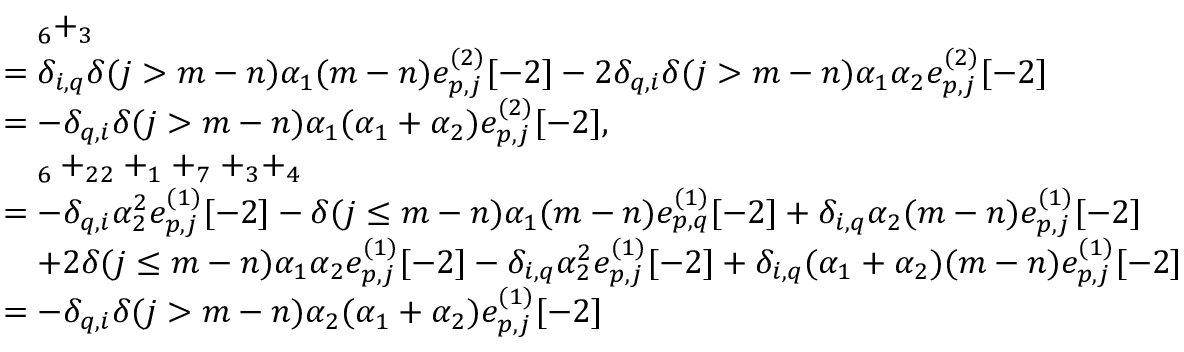
\begin{array} { r l } & { \quad _ { 6 } + _ { 3 } } \\ & { = \delta _ { i , q } \delta ( j > m - n ) \alpha _ { 1 } ( m - n ) e _ { p , j } ^ { ( 2 ) } [ - 2 ] - 2 \delta _ { q , i } \delta ( j > m - n ) \alpha _ { 1 } \alpha _ { 2 } e _ { p , j } ^ { ( 2 ) } [ - 2 ] } \\ & { = - \delta _ { q , i } \delta ( j > m - n ) \alpha _ { 1 } ( \alpha _ { 1 } + \alpha _ { 2 } ) e _ { p , j } ^ { ( 2 ) } [ - 2 ] , } \\ & { \quad _ { 6 } + _ { 2 2 } + _ { 1 } + _ { 7 } + _ { 3 } + _ { 4 } } \\ & { = - \delta _ { q , i } \alpha _ { 2 } ^ { 2 } e _ { p , j } ^ { ( 1 ) } [ - 2 ] - \delta ( j \leq m - n ) \alpha _ { 1 } ( m - n ) e _ { p , q } ^ { ( 1 ) } [ - 2 ] + \delta _ { i , q } \alpha _ { 2 } ( m - n ) e _ { p , j } ^ { ( 1 ) } [ - 2 ] } \\ & { \quad + 2 \delta ( j \leq m - n ) \alpha _ { 1 } \alpha _ { 2 } e _ { p , j } ^ { ( 1 ) } [ - 2 ] - \delta _ { i , q } \alpha _ { 2 } ^ { 2 } e _ { p , j } ^ { ( 1 ) } [ - 2 ] + \delta _ { i , q } ( \alpha _ { 1 } + \alpha _ { 2 } ) ( m - n ) e _ { p , j } ^ { ( 1 ) } [ - 2 ] } \\ & { = - \delta _ { q , i } \delta ( j > m - n ) \alpha _ { 2 } ( \alpha _ { 1 } + \alpha _ { 2 } ) e _ { p , j } ^ { ( 1 ) } [ - 2 ] } \end{array}